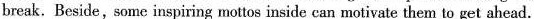
break. Beside, some inspiring mottos inside can motivate them to get ahead.